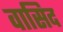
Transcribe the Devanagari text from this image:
वासिद